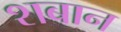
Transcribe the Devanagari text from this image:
शबान